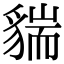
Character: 貒